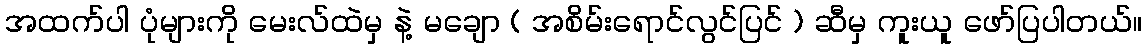
အထက်ပါ ပုံများကို မေးလ်ထဲမှ နဲ့ မချော ( အစိမ်းရောင်လွင်ပြင် ) ဆီမှ ကူးယူ ဖော်ပြပါတယ်။